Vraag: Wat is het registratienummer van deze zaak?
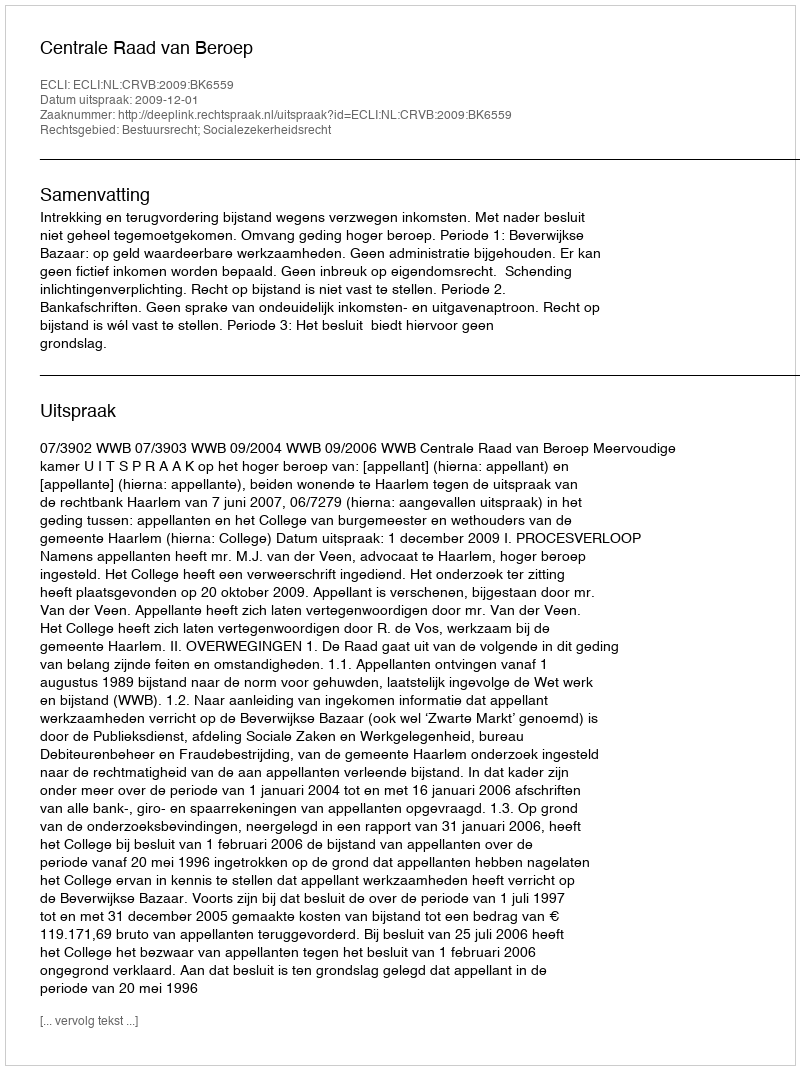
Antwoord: http://deeplink.rechtspraak.nl/uitspraak?id=ECLI:NL:CRVB:2009:BK6559